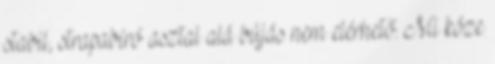
stabil, strapabíró asztal alá bújás nem elérhető. Mi köze